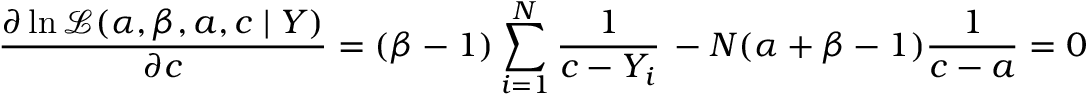
{ \frac { \partial \ln { \mathcal { L } } ( \alpha , \beta , a , c \mid Y ) } { \partial c } } = ( \beta - 1 ) \sum _ { i = 1 } ^ { N } { \frac { 1 } { c - Y _ { i } } } \, - N ( \alpha + \beta - 1 ) { \frac { 1 } { c - a } } = 0